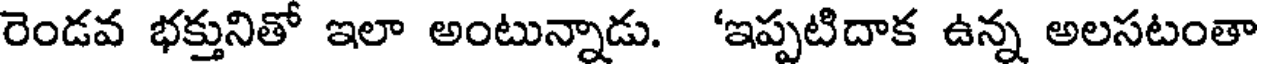
రెండవ భక్తునితో ఇలా అంటున్నాడు. 'ఇప్పటిదాక ఉన్న అలసటంతా